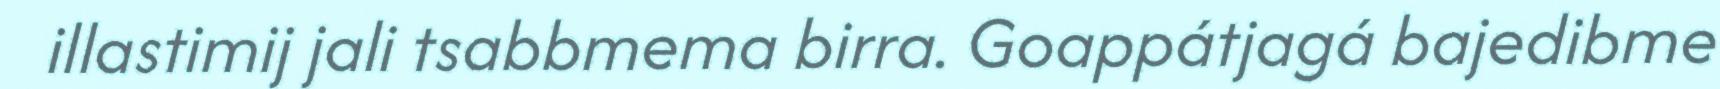
illastimij jali tsabbmema birra. Goappátjagá bajedibme